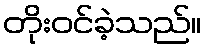
တိုးဝင်ခဲ့သည်။